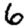
Digit: 6